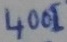
Text: 4001